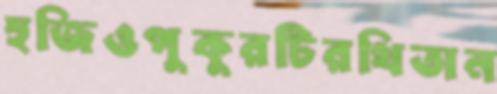
হুজিওপুকুরটিরথিতান